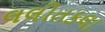
લલીતકલા